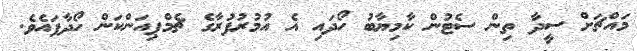
މައްޗަށް ސީދާ ތިން ސެޓުން ކާމިޔާބު ހޯދައި އެ އުމުރުފުރާގެ ޗެމްޕިއަންކަން ހޯދާފައެވެ.